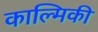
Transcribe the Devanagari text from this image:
काल्मिकी